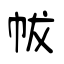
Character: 帗